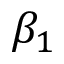
\beta _ { 1 }